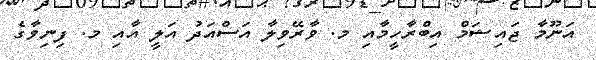
އަނޫމާ ޖައިޝަމް އިބްރާހީމާއި މ. ވާރޭވިލާ އަސްއަދު އަލީ އާއި މ. ފިނިވާގެ